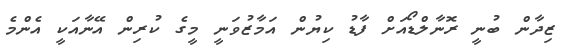
ޒިދާން ބުނީ ރޮނާލްޑޯއަށް ފާޑު ކިޔުން އަމާޒުވަނީ މީގެ ކުރިން އޭނާއަކީ އެންމެ